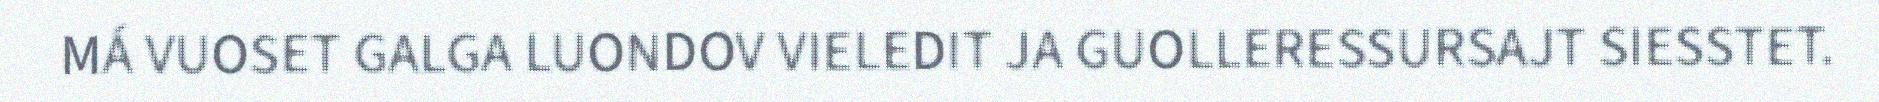
MÁ VUOSET GALGA LUONDOV VIELEDIT JA GUOLLERESSURSAJT SIESSTET.